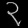
Digit: ၃